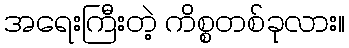
အရေးကြီးတဲ့ ကိစ္စတစ်ခုလား။